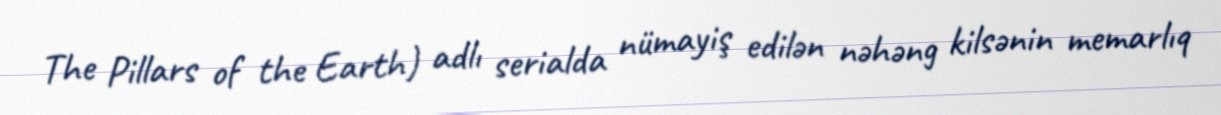
The Pillars of the Earth) adlı serialda nümayiş edilən nəhəng kilsənin memarlıq